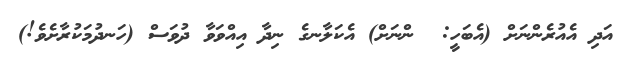
އަދި އެއުރެންނަށް (އެބަހީ:  ންނަށް) އެކަލާނގެ ނިދާ އިއްވަވާ ދުވަސް (ހަނދުމަކުރާށެވެ!)